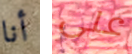
أنا على